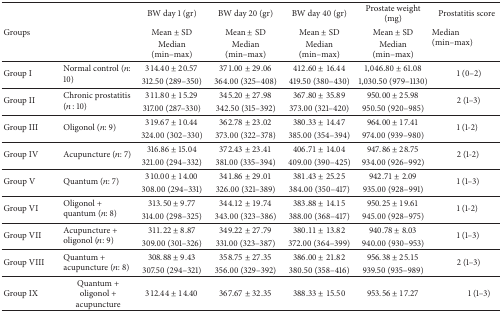
<table><thead><tr><td><b> </b></td><td><b> </b></td><td><b>BW day 1 (gr)</b></td><td><b>BW day 20 (gr)</b></td><td><b>BW day 40 (gr)</b></td><td><b>Prostate weight (mg)</b></td><td><b>Prostatitis score</b></td></tr><tr><td><b>Groups</b></td><td><b> </b></td><td><b>Mean ± SD</b></td><td><b>Mean ± SD</b></td><td><b>Mean ± SD</b></td><td><b>Mean ± SD</b></td><td rowspan="2"><b>Median (min–max)</b></td></tr><tr><td><b> </b></td><td><b> </b></td><td><b>Median (min–max)</b></td><td><b>Median (min–max)</b></td><td><b>Median (min–max)</b></td><td><b>Median (min–max)</b></td></tr></thead><tbody><tr><td rowspan="2">Group I</td><td rowspan="2">Normal control (<i>n</i>: 10)</td><td>314.40 ± 20.57</td><td>371.00 ± 29.06</td><td>412.60 ± 16.44</td><td>1,046.80 ± 61.08</td><td rowspan="2">1 (0–2)</td></tr><tr><td>312.50 (289–350)</td><td>364.00 (325–408)</td><td>419.50 (380–430)</td><td>1,030.50 (979–1130)</td></tr><tr><td rowspan="2">Group II</td><td rowspan="2">Chronic prostatitis (<i>n</i> : 10)</td><td>311.80 ± 15.29</td><td>345.20 ± 27.98</td><td>367.80 ± 35.89</td><td>950.00 ± 25.98</td><td rowspan="2">2 (1–3)</td></tr><tr><td>317.00 (287–330)</td><td>342.50 (315–392)</td><td>373.00 (321–420)</td><td>950.50 (920–985)</td></tr><tr><td rowspan="2">Group III</td><td rowspan="2">Oligonol (<i>n</i>: 9)</td><td>319.67 ± 10.44</td><td>362.78 ± 23.02</td><td>380.33 ± 14.47</td><td>964.00 ± 17.41</td><td rowspan="2">1 (1-2)</td></tr><tr><td>324.00 (302–330)</td><td>373.00 (322–378)</td><td>385.00 (354–394)</td><td>974.00 (939–980)</td></tr><tr><td rowspan="2">Group IV</td><td rowspan="2">Acupuncture (<i>n</i>: 7)</td><td>316.86 ± 15.04</td><td>372.43 ± 23.41</td><td>406.71 ± 14.04</td><td>947.86 ± 28.75</td><td rowspan="2">2 (1-2)</td></tr><tr><td>321.00 (294–332)</td><td>381.00 (335–394)</td><td>409.00 (390–425)</td><td>934.00 (926–992)</td></tr><tr><td rowspan="2">Group V</td><td rowspan="2">Quantum (<i>n</i>: 7)</td><td>310.00 ± 14.00</td><td>341.86 ± 29.01</td><td>381.43 ± 25.25</td><td>942.71 ± 2.09</td><td rowspan="2">1 (1–3)</td></tr><tr><td>308.00 (294–331)</td><td>326.00 (321–389)</td><td>384.00 (350–417)</td><td>935.00 (928–991)</td></tr><tr><td rowspan="2">Group VI</td><td rowspan="2">Oligonol + quantum (<i>n</i>: 8)</td><td>313.50 ± 9.77</td><td>344.12 ± 19.74</td><td>383.88 ± 14.15</td><td>950.25 ± 19.61</td><td rowspan="2">1 (1-2)</td></tr><tr><td>314.00 (298–325)</td><td>343.00 (323–386)</td><td>388.00 (368–417)</td><td>945.00 (928–975)</td></tr><tr><td rowspan="2">Group VII</td><td rowspan="2">Acupuncture + oligonol (<i>n</i>: 9)</td><td>311.22 ± 8.87</td><td>349.22 ± 27.79</td><td>380.11 ± 13.82</td><td>940.78 ± 8.03</td><td rowspan="2">1 (1–3)</td></tr><tr><td>309.00 (301–326)</td><td>331.00 (323–387)</td><td>372.00 (364–399)</td><td>940.00 (930–953)</td></tr><tr><td rowspan="2">Group VIII</td><td rowspan="2">Quantum + acupuncture (<i>n</i>: 8)</td><td>308.88 ± 9.43</td><td>358.75 ± 27.35</td><td>386.00 ± 21.82</td><td>956.38 ± 25.15</td><td rowspan="2">2 (1–3)</td></tr><tr><td>307.50 (294–321)</td><td>356.00 (329–392)</td><td>380.50 (358–416)</td><td>939.50 (935–989)</td></tr><tr><td>Group IX</td><td>Quantum + oligonol + acupuncture</td><td>312.44 ± 14.40</td><td>367.67 ± 32.35</td><td>388.33 ± 15.50</td><td>953.56 ± 17.27</td><td>1 (1–3)</td></tr></tbody></table>